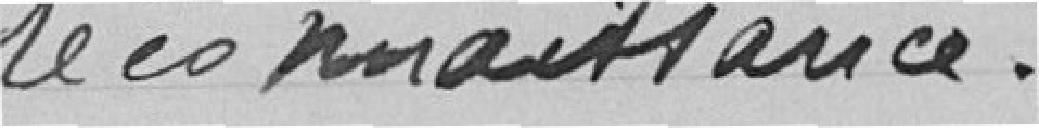
reconnaissance.